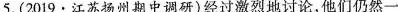
5.(2019·江苏扬州期中调研)经过激烈地讨论,他们仍然一